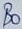
Text: B0